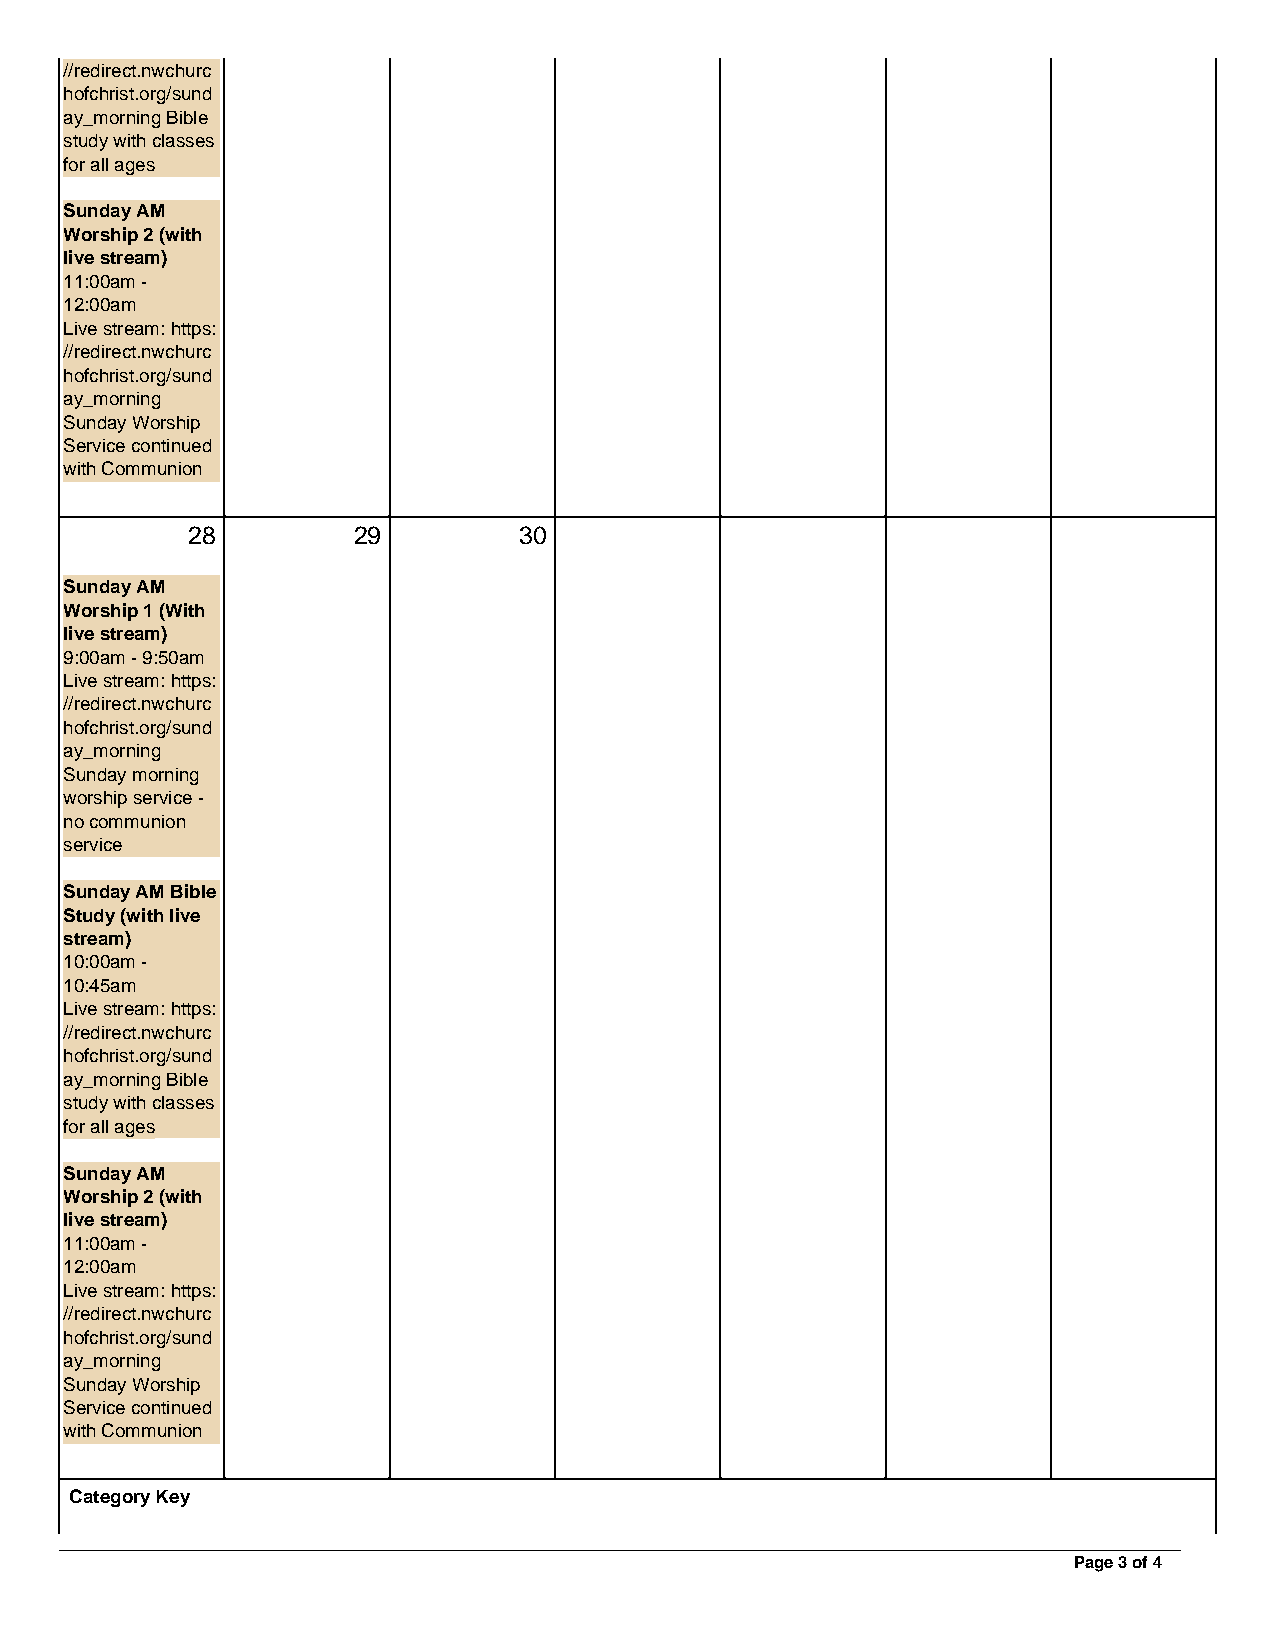
//redirect.nwchurc
 hofchrist.org/sund
 ay_morning Bible
 study with classes
 for all ages
 Sunday AM
 Worship 2 (with
 live stream)
 11:00am -
 12:00am
 Live stream: https:
 //redirect.nwchurc
 hofchrist.org/sund
 ay_morning
 Sunday Worship
 Service continued
 with Communion
 28         29         30
 Sunday AM
 Worship 1 (With
 live stream)
 9:00am - 9:50am
 Live stream: https:
 //redirect.nwchurc
 hofchrist.org/sund
 ay_morning
 Sunday morning
 worship service -
 no communion
 service
 Sunday AM Bible
 Study (with live
 stream)
 10:00am -
 10:45am
 Live stream: https:
 //redirect.nwchurc
 hofchrist.org/sund
 ay_morning Bible
 study with classes
 for all ages
 Sunday AM
 Worship 2 (with
 live stream)
 11:00am -
 12:00am
 Live stream: https:
 //redirect.nwchurc
 hofchrist.org/sund
 ay_morning
 Sunday Worship
 Service continued
 with Communion
 Category Key
 Page 3 of 4